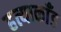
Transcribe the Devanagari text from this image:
हत्याकाँड